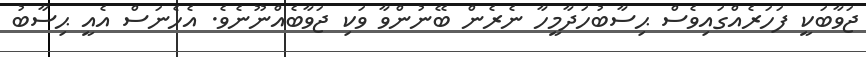
ޖަވާބަކީ ފަހަރެއްގައިވެސް ޙިސާބުހަދާމީހާ ނެރެން ބޭނުންވާ ވަކި ޖަވާބެއްނޫނެވެ. އެހެނަސް އެއީ ޙިސާބު